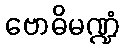
ဗောဓိမဏ္ဍံ